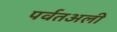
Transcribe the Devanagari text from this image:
पर्वतअली